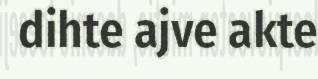
dihte ajve akte